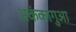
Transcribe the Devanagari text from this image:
अकंकागुआ